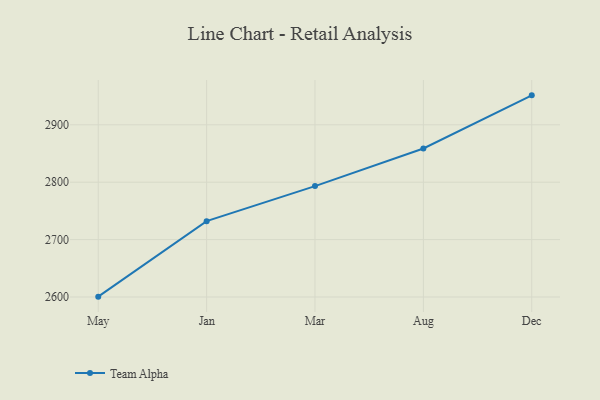
{"axis": {"x": "Month", "y": "Inventory Turnover"}, "legend": ["Team Alpha"], "data": [{"x": "May", "y": 2600.6, "type": "Team Alpha"}, {"x": "Jan", "y": 2732.1, "type": "Team Alpha"}, {"x": "Mar", "y": 2793.2, "type": "Team Alpha"}, {"x": "Aug", "y": 2858.7, "type": "Team Alpha"}, {"x": "Dec", "y": 2951.3, "type": "Team Alpha"}]}